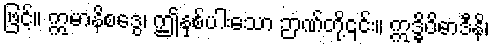
ဖြင့်။ ဣမာနိစဒွေ၊ ဤနှစ်ပါးသော ဉာဏ်တို့၎င်း။ ဣဒ္ဓိဝိဓာဒီနိ၊